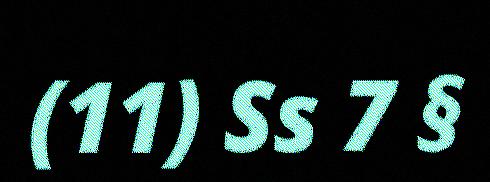
(11) Ss 7 §